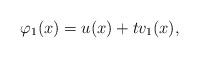
LaTeX: \begin{align*}\varphi_1(x)=u(x)+tv_1 (x), \end{align*}